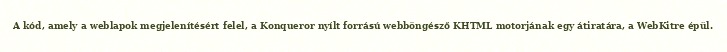
A kód, amely a weblapok megjelenítésért felel, a Konqueror nyílt forrású webböngésző KHTML motorjának egy átiratára, a WebKitre épül.